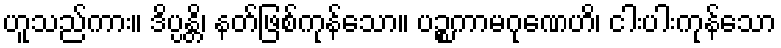
ဟူသည်ကား။ ဒိပ္ပန္တိ၊ နတ်ဖြစ်ကုန်သော။ ပဉ္စကာမဂုဏေဟိ၊ ငါးပါးကုန်သော